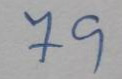
79